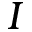
I